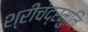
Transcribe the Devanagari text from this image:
श्रीचंद्रमुनि